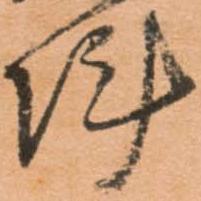
陣